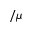
/ \mu